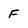
Character: F